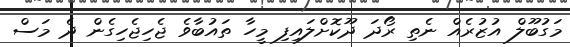
މަގުބޫލް އުޒުރެއް ނެތި ރޯދަ ދޫކޮށްލައިފި މީހާ ތައުބާވެ ޖެހިޖެހިގެން ދެ މަސް